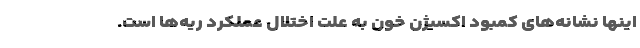
اینها نشانه‌های کمبود اکسیژن خون به علت اختلال عملکرد ریه‌ها است.